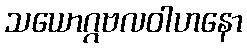
သယောဂ္ဂဗလဝါဟနော